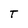
Character: T